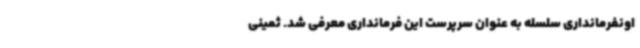
اونفرمانداری سلسله به عنوان سرپرست این فرمانداری معرفی ‌شد. ثمینی